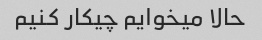
حالا میخوایم چیکار کنیم